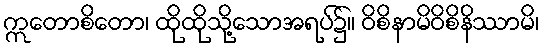
ဣတောစိတော၊ ထိုထိုသို့သောအရပ်၌။ ဝိစိနာမိဝိစိနိဿာမိ၊